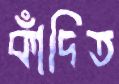
কাঁদিত